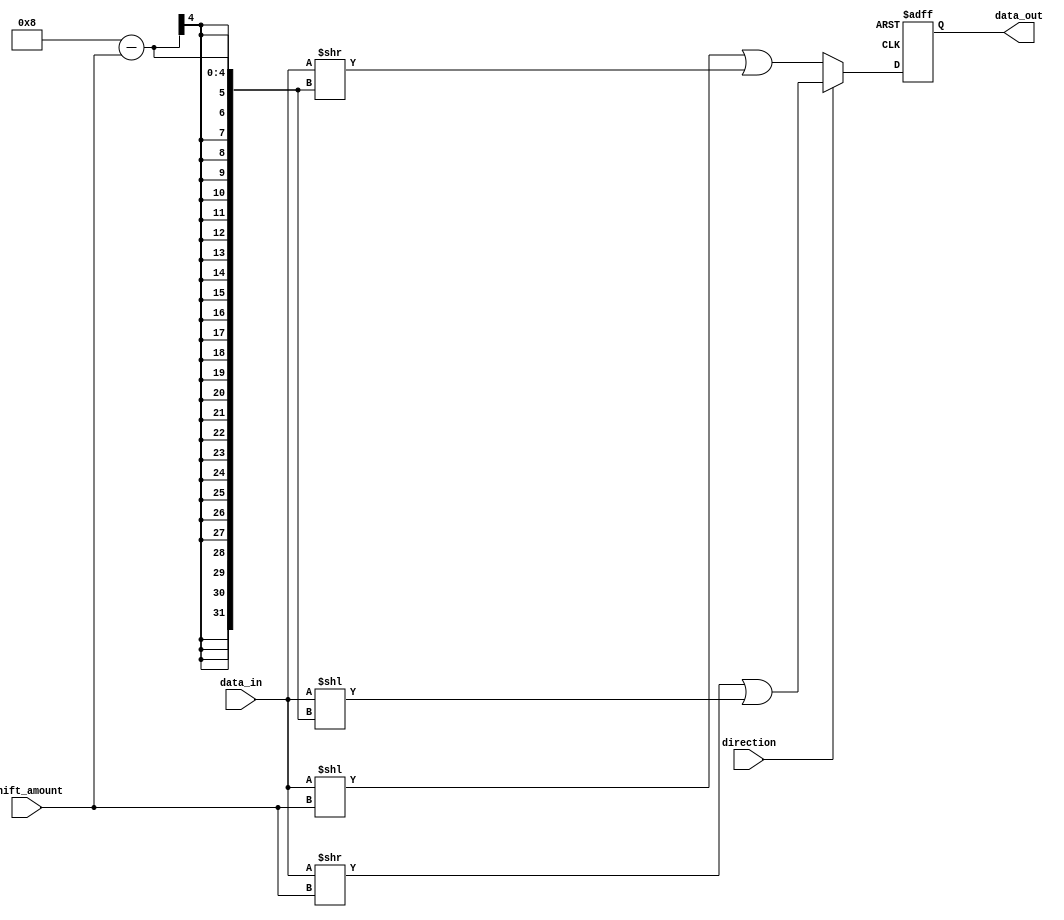
module CircularBarrelShifter(
    input [7:0] data_in,
    input [2:0] shift_amount,
    input direction,
    output reg [7:0] data_out
);

reg [7:0] shifted_data;

always @(*) begin
    if (direction) begin
        shifted_data = data_in >> shift_amount | data_in << (8 - shift_amount);
    end else begin
        shifted_data = data_in << shift_amount | data_in >> (8 - shift_amount);
    end
end

always @(posedge clk or posedge rst) begin
    if (rst) begin
        data_out <= 0;
    end else begin
        data_out <= shifted_data;
    end
end

endmodule